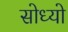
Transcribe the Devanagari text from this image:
सोध्यो